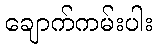
ချောက်ကမ်းပါး